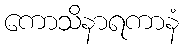
ကောသိနာရကာနံ